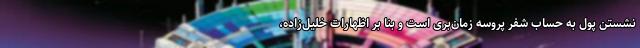
نشستن پول به حساب شفر پروسه زمان‌بری است و بنا بر اظهارات خلیل‌زاده،